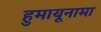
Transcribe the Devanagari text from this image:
हुमायूनामा